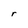
Character: r